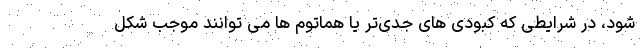
شود، در شرایطی که کبودی های جدی‌تر یا هماتوم ها می توانند موجب شکل